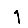
Digit: 1